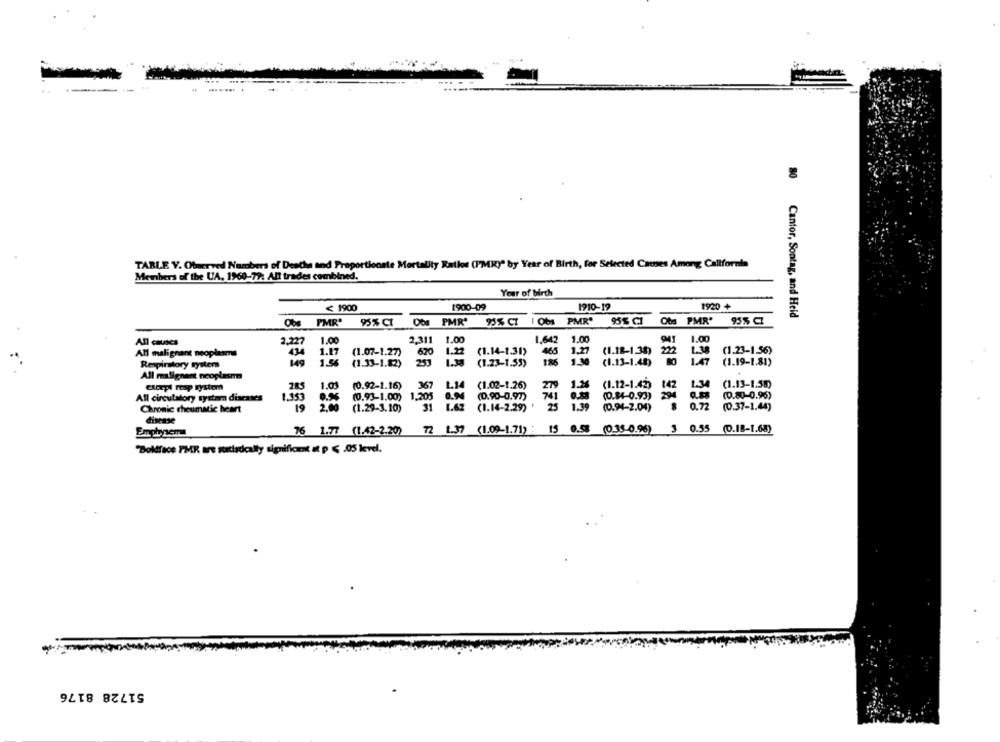
TARLE V. Observed Numbers of Deaths and Proportionste Mortality Ratlos (PMK)" by Year of Birth, for Selected Caunes Among California
Members of the UA, 1960-79: All trades combined.
Year of birch
1920 +
≤ 1900
1900-09
1910-19
Obs PMR'
955 CZ
80 Cantor, Sontag, and Heid
Obs PMR"
95% CI
Obs PMR'
95% CI | Obs PMR' 95% CI
All causes
2.227
1.00
2,311
1.00
1.642
1.00
1.00
670
222
All malignant neoplasms
434
1.27
(1.07-1.27)
1.22
(1.14-1.31)
465
1.21
(1.18-1.38)
(1.23-1.56)
Respiratory system
149
1.56
(1.33-1.82)
1.38
(1.23-1.55)
186
1.00
(1.13-1.48)
1.47
(1.19-1.81)
All malignant neoplasm
Cloepl rap system
285
1.01
(0.92-1.16)
367
(1.02-1.26)
279
(1.12-1.42) 142
1.34
(1.13-1.50)
L.14
All circulatory system diseases
1.153
0.%%
(0.93-1.00)
.205
0.94
(0.90-0.97)
741
(0.84-0.93) 294
(0.80-0.96)
Chronic rheumatic heart
19
2.00
(1.29-3.10)
(1.14-2.29)
25
(0.94-2.04)
0.72
(0.37-1.44)
disease
76 1.77 (1.42-2.20)
72 1.37 (1.09-1.71) : 15 0.58
(0.33-0.96)
3 0.55 (0.1B-1.68)
Emphysem
'Boldface PMR are sudisdcally significant at p ≤ .05 level.
51728 8176